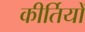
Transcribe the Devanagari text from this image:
कीर्तियों